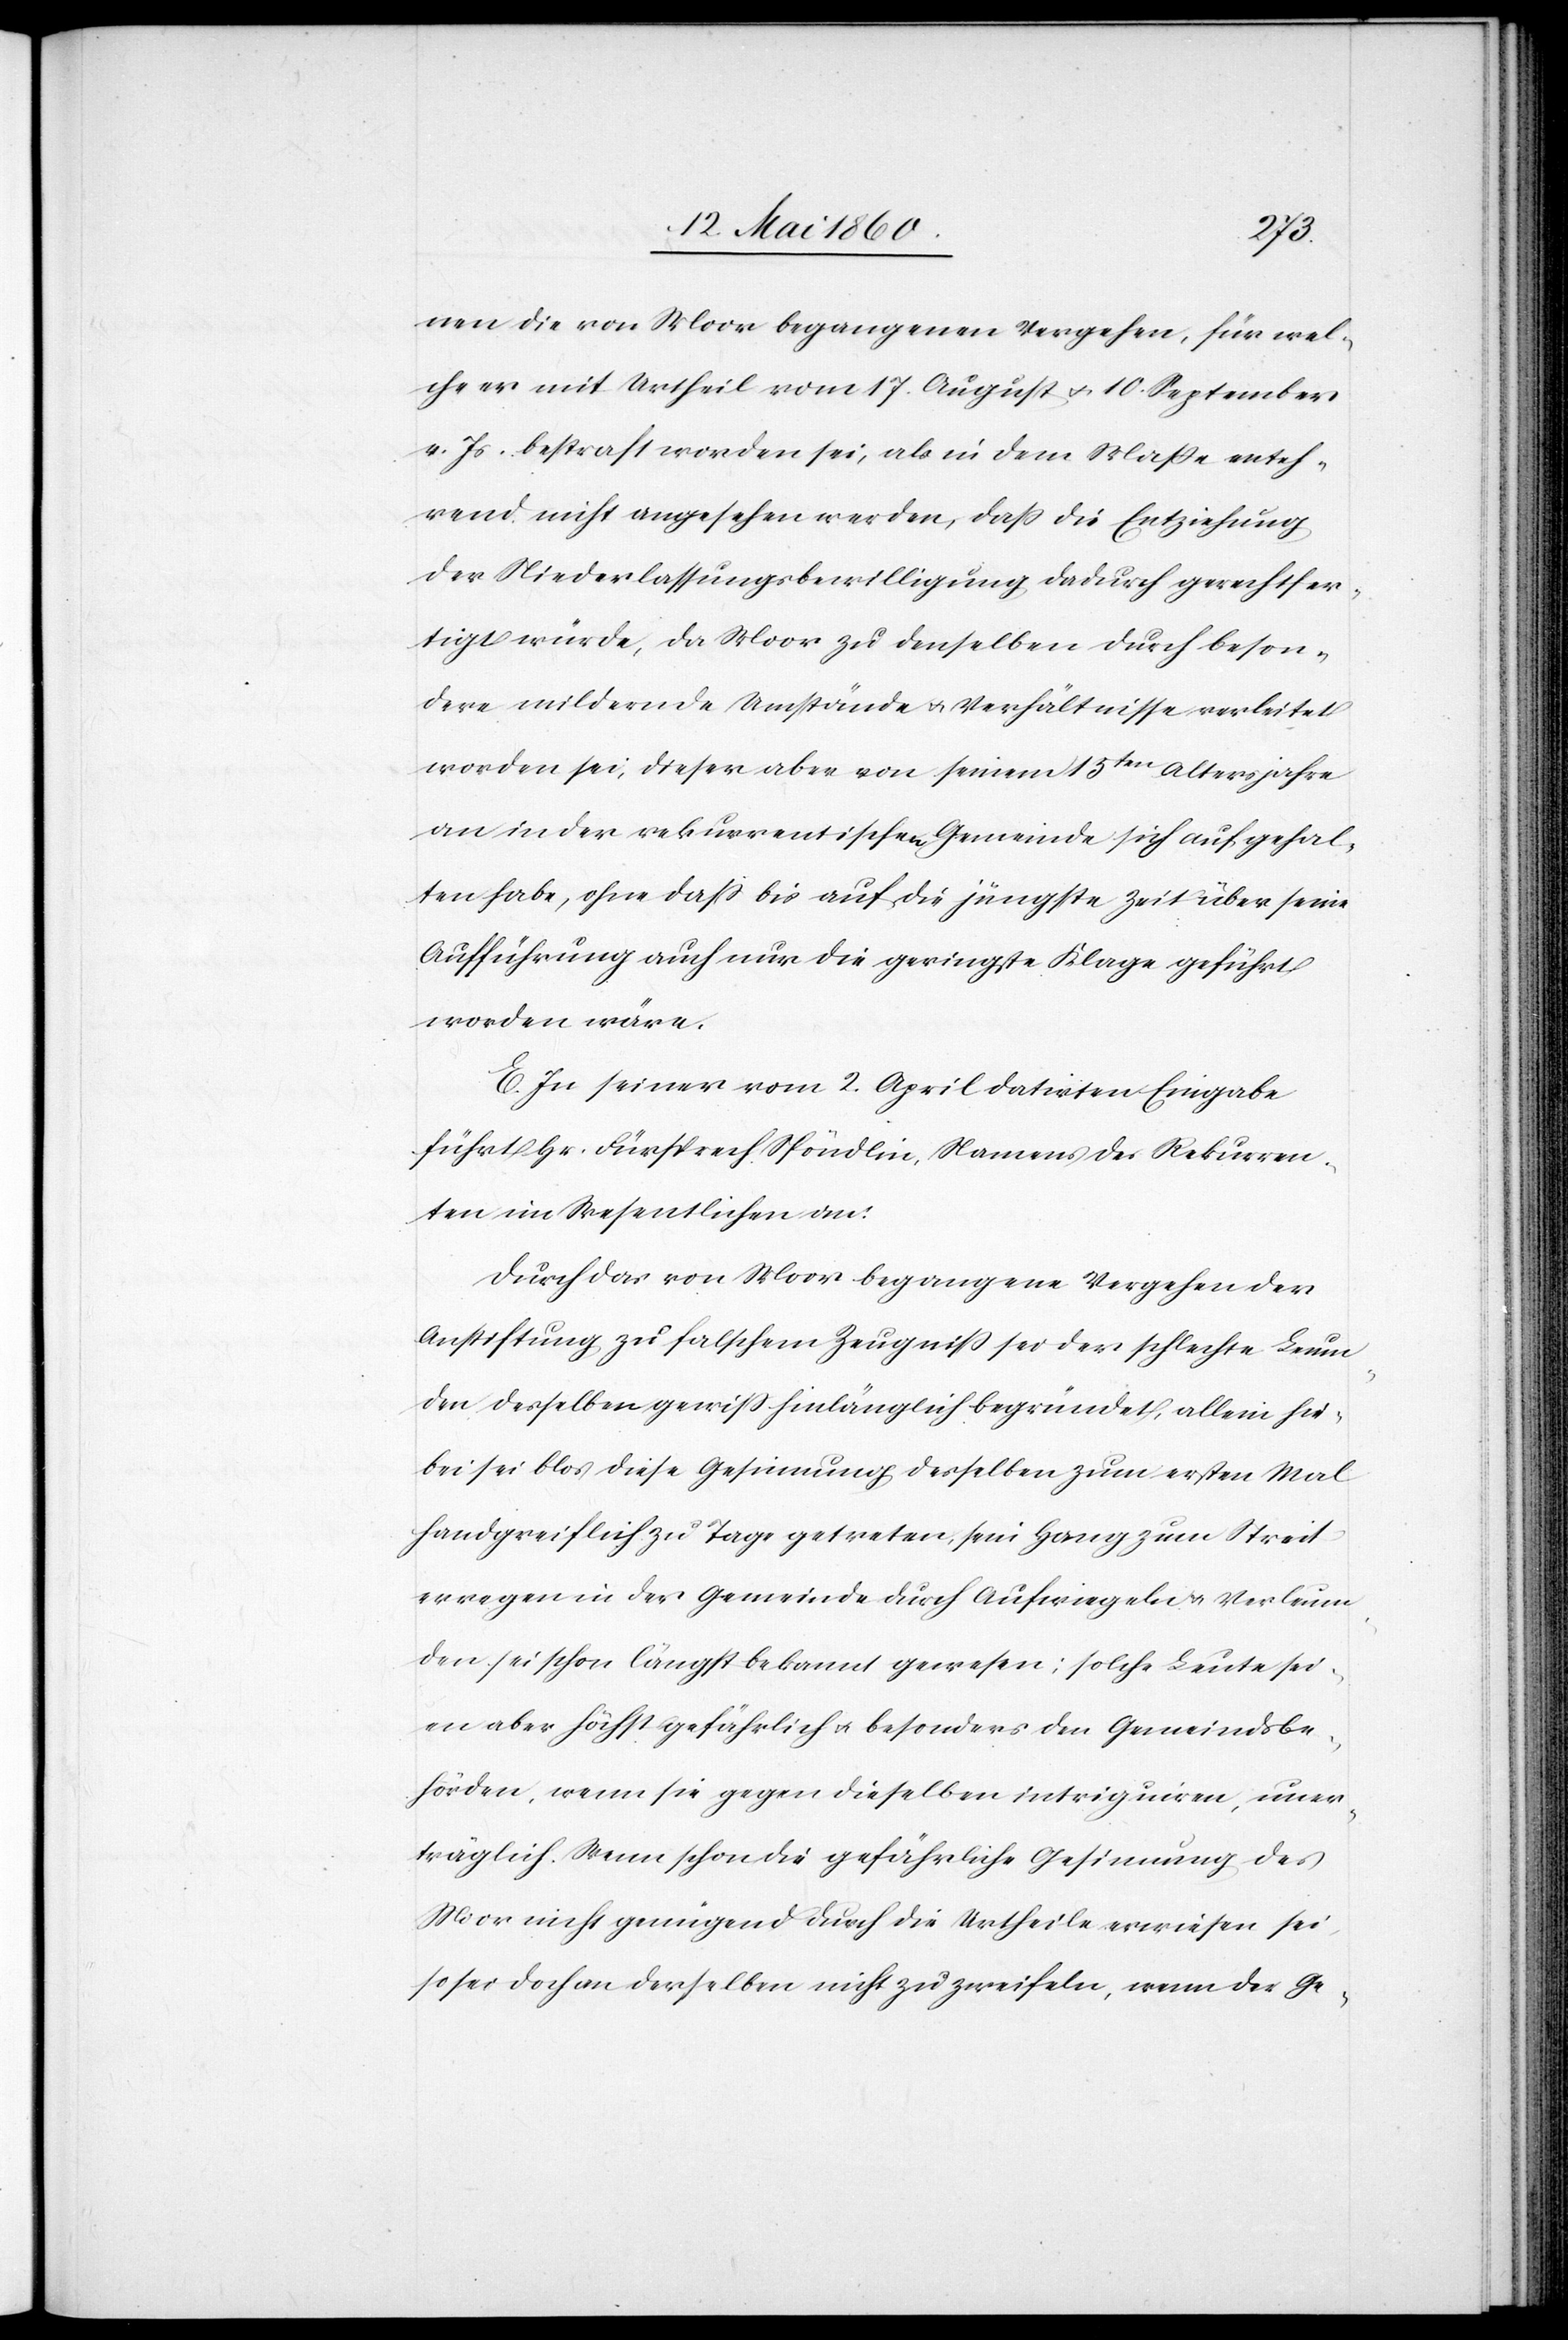
nen die von Moor begangenen Vergehen, für wel¬
che er mit Urtheil vom 17. August u. 10. September
v. Js. bestraft worden sei, als in dem Masse enteh¬
rend nicht angesehen werden, dass die Entziehung
der Niederlassungsbewilligung dadurch gerechtfer¬
tigt würde, da Moor zu denselben durch beson¬
dere mildernde Umstände u. Verhältnisse verleitet
worden sei, dieser aber von seinem 15ten Altersjahre
an in der rekurrentischen Gemeinde sich aufgehal¬
ten habe, ohne dass bis auf die jüngste Zeit über seine
Aufführung auch nur die geringste Klage geführt
worden wäre.
E. In seiner vom 2. April datirten Eingabe
führt Hr. Fürsprech Spöndlin, Namens Rekurren¬
ten im Wesentlichen an:
Durch das von Moor begangene Vergehen der
Anstiftung zu falschem Zeugniss sei der schlechte Leum¬
den desselben gewiss hinlänglich begründet, allein hie¬
bei sei blos diese Gesinnung desselben zum ersten Mal
handgreiflich zu Tage getreten, sein Hang zum Streit
erregen in der Gemeinde durch Aufwiegeln u. Verleum¬
den sei schon längst bekannt gewesen: solche Leute sei¬
en aber höchst gefährlich u. besonders den Gemeindsbe¬
hörden, wenn sie gegen dieselben intriguiren, uner¬
träglich. Wenn schon die gefährliche Gesinnung des
Moor nicht genügend durch die Urtheile erwiesen sei,
so sei doch an derselben nicht zu zweifeln, wenn der Ge-